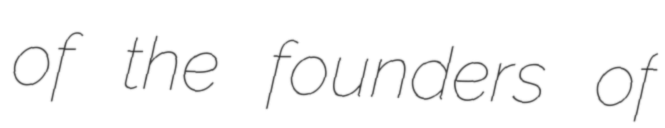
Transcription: of the founders of